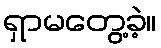
ရှာမတွေ့ခဲ့။